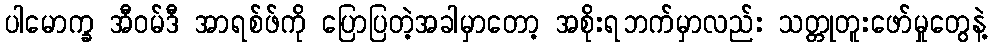
ပါမောက္ခ အီဝမ်ဒီ အာရစ်ဖ်ကို ပြောပြတဲ့အခါမှာတော့ အစိုးရဘက်မှာလည်း သတ္တုတူးဖော်မှုတွေနဲ့